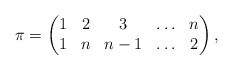
\begin{gather*}\pi= \begin{pmatrix} 1& 2& 3& \ldots& n \\1& n& {n-1}& \ldots& 2 \end{pmatrix},\end{gather*}